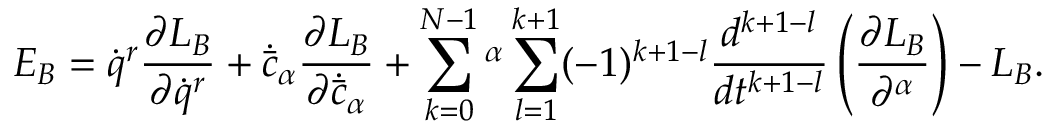
E _ { B } = \dot { q } ^ { r } \frac { \partial L _ { B } } { \partial \dot { q } ^ { r } } + \dot { \bar { c } } _ { \alpha } \frac { \partial L _ { B } } { \partial \dot { \bar { c } } _ { \alpha } } + \sum _ { k = 0 } ^ { N - 1 } \c { N - k } ^ { \alpha } \sum _ { l = 1 } ^ { k + 1 } ( - 1 ) ^ { k + 1 - l } \frac { d ^ { k + 1 - l } } { d t ^ { k + 1 - l } } \left( \frac { \partial L _ { B } } { \partial \c { N - l + 1 } ^ { \alpha } } \right) - L _ { B } .